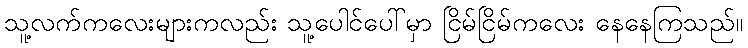
သူ့လက်ကလေးများကလည်း သူ့ပေါင်ပေါ်မှာ ငြိမ်ငြိမ်ကလေး နေနေကြသည်။